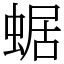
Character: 蜛